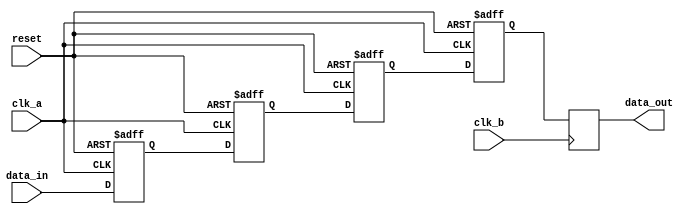
module four_flop_synchronizer (
    input wire clk_a, // Clock signal for domain A
    input wire clk_b, // Clock signal for domain B
    input wire reset, // Reset signal
    input wire data_in, // Input data signal
    output reg data_out // Synchronized output data signal
);

reg [3:0] flop1, flop2, flop3, flop4;

always @(posedge clk_a or posedge reset) begin
    if (reset) begin
        flop1 <= 1'b0;
        flop2 <= 1'b0;
        flop3 <= 1'b0;
        flop4 <= 1'b0;
    end else begin
        flop1 <= data_in;
        flop2 <= flop1;
        flop3 <= flop2;
        flop4 <= flop3;
    end
end

always @(posedge clk_b) begin
    data_out <= flop4;
end

endmodule